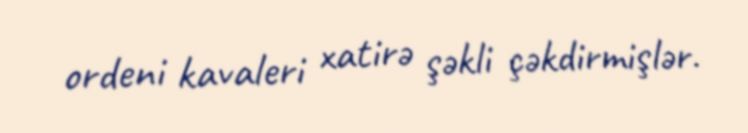
ordeni kavaleri xatirə şəkli çəkdirmişlər.